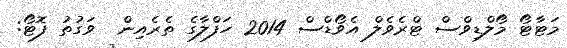
މަޓާޓޯ މޯލްޑިވްސް ޓްރެވެލް އެވޯޑްސް 2014 ހަފްލާގެ ތެރެއިން  ވަގުތު ފޮޓޯ: